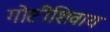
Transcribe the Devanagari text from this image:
गोष्टीशिवाय